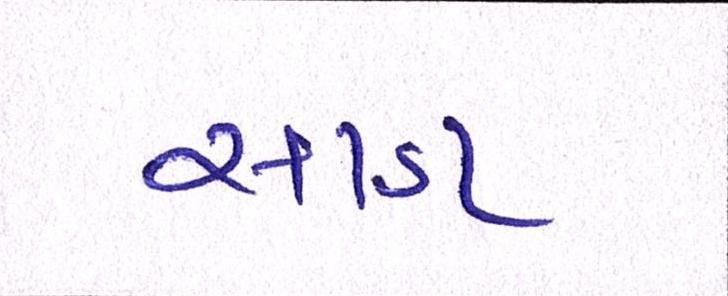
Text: સાડા